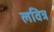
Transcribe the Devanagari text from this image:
लवित्र